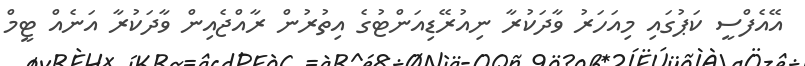
އޭއެފްސީ ކަޕުގައި މިއަހަރު ވާދަކުރާ ނިއުރޭޑިއަންޓުގެ އިތުރުން ރާއްޖެެއިން ވާދަކުރާ އަނެއް ޓީމް